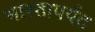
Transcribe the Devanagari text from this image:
भारतापर्यत